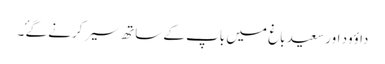
داؤود اور سعید باغ میں باپ کے ساتھ سیر کرنے گۓ ۔